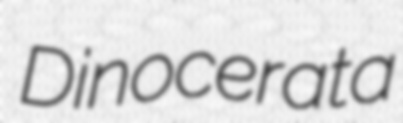
Dinocerata